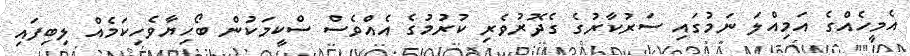
އެމީހެއްގެ އަމިއްލަ ނަމުގައި ސަރުކާރުގެ ގެދޮރުވެރި ކުރުމުގެ އެއްވެސް ސްކީމަކުން ބޯހިޔާވެހިކަމެއް ލިބިފައި